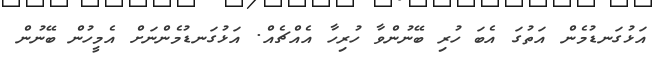
އަޅުގަނޑުމެން އަތުގަ އެބަ ހުރި ބޭނުންވާ ހުރިހާ އެއްޗެއް. އަޅުގަނޑުމެންނަށް އެމީހުން ބޭނުން